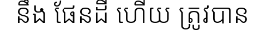
នឹង ផែនដី ហើយ ត្រូវបាន